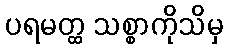
ပရမတ္ထ သစ္စာကိုသိမှ